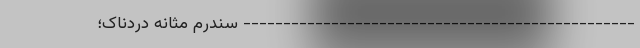
------------------------------------------------- سندرم مثانه دردناک؛